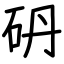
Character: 砃